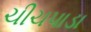
ચીચપાડા